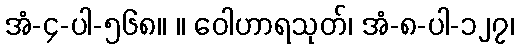
အံ-၄-ပါ-၅၆၈။ ။ ဝေါဟာရသုတ်၊ အံ-၈-ပါ-၁၂၇၊